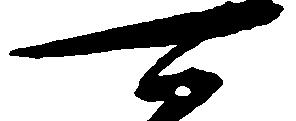
可